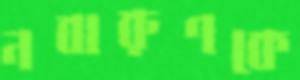
নবারুণকে